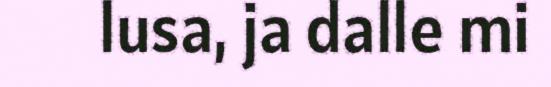
lusa, ja dalle mi